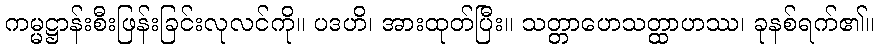
ကမ္မဋ္ဌာန်းစီးဖြန်းခြင်းလုလင်ကို။ ပဒဟိ၊ အားထုတ်ပြီး။ သတ္တာဟေသတ္ထာဟဿ၊ ခုနစ်ရက်၏။